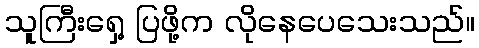
သူကြီးရှေ့ ပြဖို့က လိုနေပေသေးသည်။